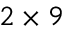
2 \times 9